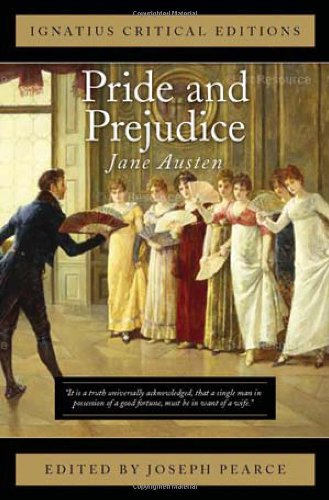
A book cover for Pride and Prejudice: Ignatius Critical Editions; Jane Austen; Literature & Fiction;